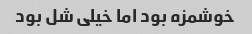
خوشمزه بود اما خیلی شل بود